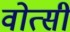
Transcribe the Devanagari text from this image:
वोत्सी